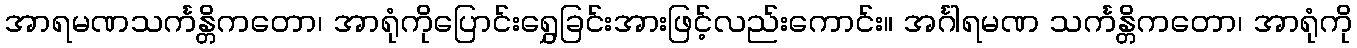
အာရမဏသင်္ကန္တိကတော၊ အာရုံကိုပြောင်းရွှေခြင်းအားဖြင့်လည်းကောင်း။ အင်္ဂါရမဏ သင်္ကန္တိကတော၊ အာရုံကို